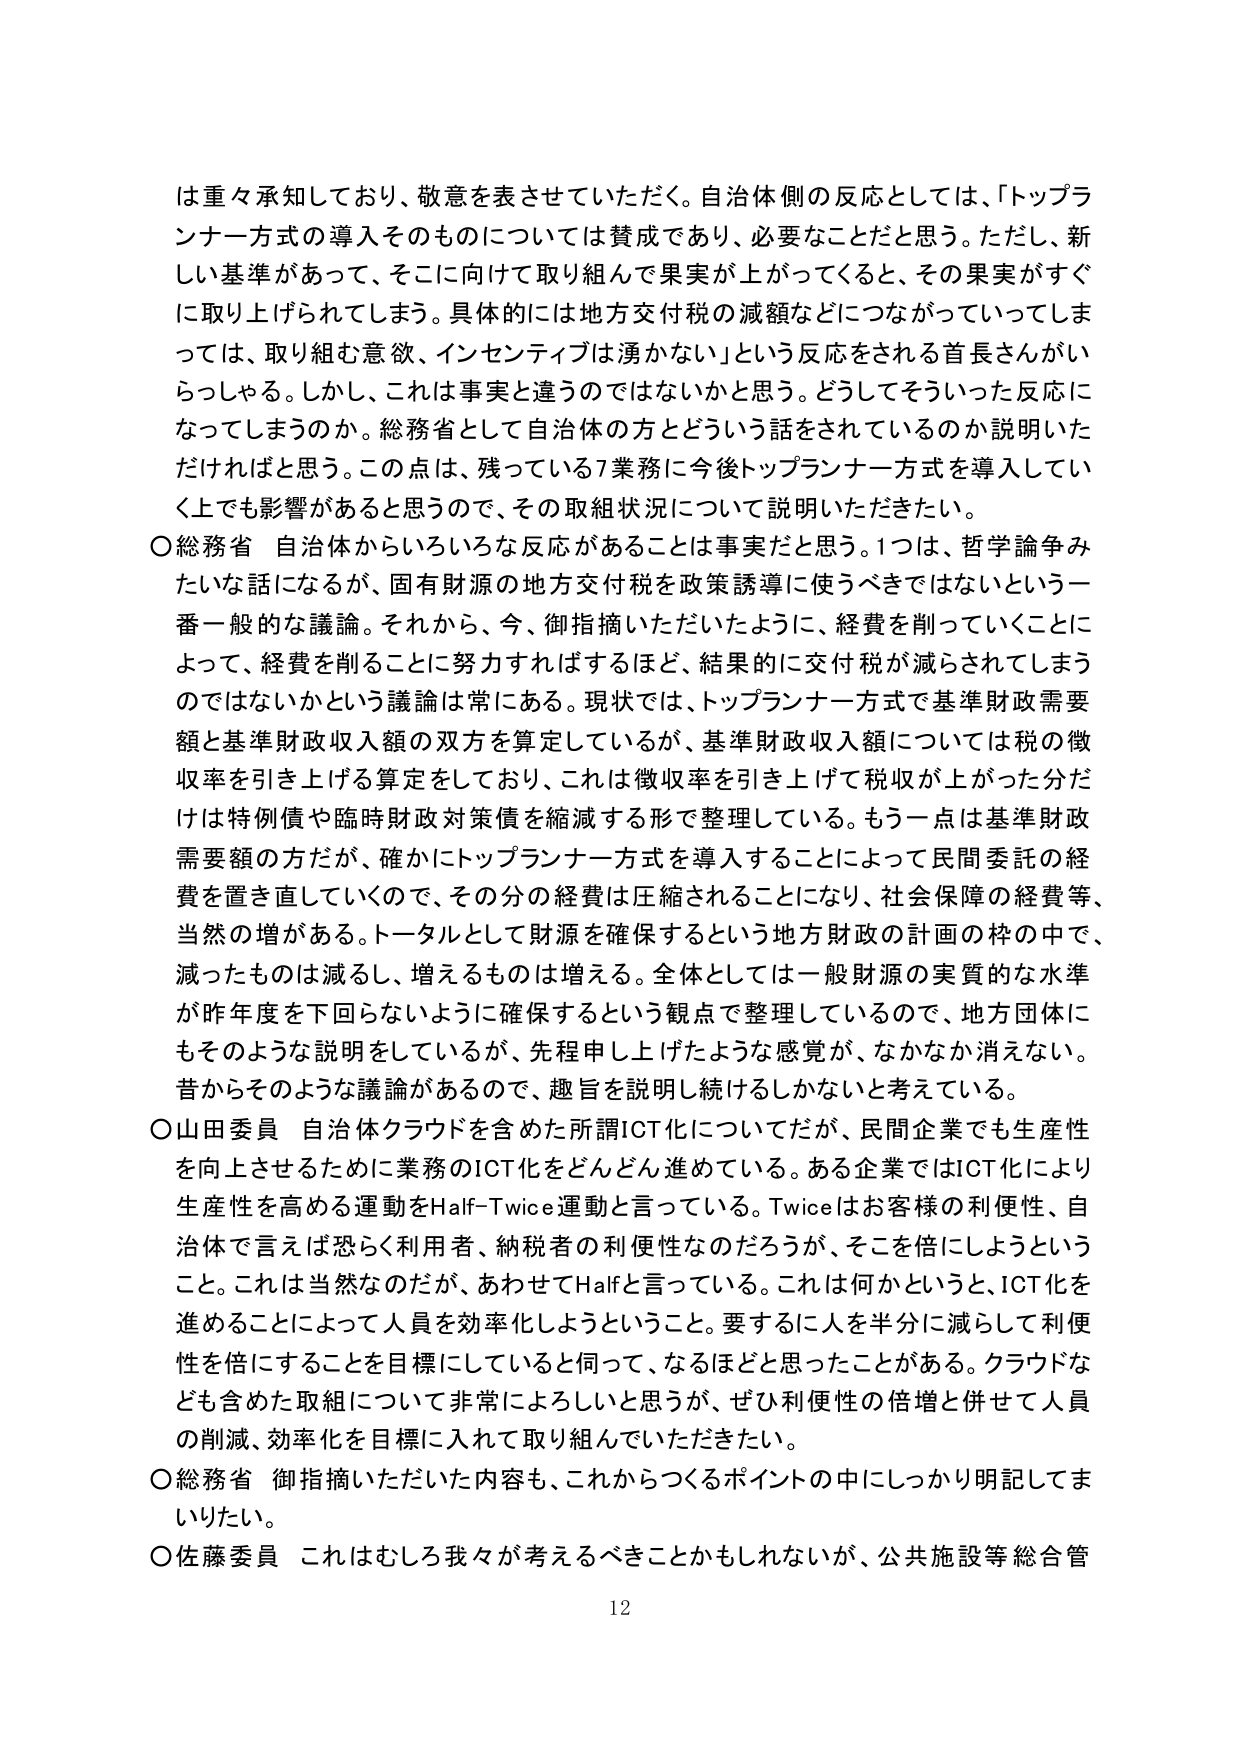
は重々承知しており、敬意を表させていただく。自治体側の反応としては、「トップランナー方式の導入そのものについては賛成であり、必要なことだと思う。ただし、新しい基準があって、そこに向けて取り組んで果実が上がってくると、その果実がすぐに取り上げられてしまう。具体的には地方交付税の減額などにつながっていってしまっては、取り組む意欲、インセンティブは湧かない」という反応をされる首長さんがいらっしゃる。しかし、これは事実と違うのではないかと思う。どうしてそういった反応になってしまうのか。総務省として自治体の方とどういう話をされているのか説明いただければと思う。この点は、残っている7業務に今後トップランナー方式を導入していく上でも影響があると思うので、その取組状況について説明いただきたい。

〇総務省 自治体からいろいろな反応があることは事実だと思う。1つは、哲学論争みたいな話になるが、固有財源の地方交付税を政策誘導に使うべきではないという一番一般的な議論。それから、今、御指摘いただいたように、経費を削っていくことによって、経費を削ることに努力すればするほど、結果的に交付税が減らされてしまうのではないかという議論は常にある。現状では、トップランナー方式で基準財政需要額と基準財政収入額の双方を算定しているが、基準財政収入額については税の徴収率を引き上げる算定をしており、これは徴収率を引き上げて税収が上がった分だけは特例債や臨時財政対策債を縮減する形で整理している。もう一点は基準財政需要額の方だが、確かにトップランナー方式を導入することによって民間委託の経費を置き直していくので、その分の経費は圧縮されることになり、社会保障の経費等、当然の増がある。トータルとして財源を確保するという地方財政の計画の枠の中で、減ったものは減るし、増えるものは増える。全体としては一般財源の実質的な水準が昨年度を下回らないように確保するという観点で整理しているので、地方団体にもそのような説明をしているが、先程申し上げたような感覚が、なかなか消えない。昔からそのような議論があるので、趣旨を説明し続けるしかないと考えている。

〇山田委員 自治体クラウドを含めた所謂ICT化についてだが、民間企業でも生産性を向上させるために業務のICT化をどんどん進めている。ある企業ではICT化により生産性を高める運動をHalf-Twice運動と言っている。Twiceはお客様の利便性、自治体で言えば恐らく利用者、納税者の利便性なのだろうが、そこを倍にしようということ。これは当然なのだが、あわせてHalfと言っている。これは何かというと、ICT化を進めることによって人員を効率化しようということ。要するに人を半分に減らして利便性を倍にすることを目標にしていると伺って、なるほどと思ったことがある。クラウドなども含めた取組について非常によろしいと思うが、ぜひ利便性の倍増と併せて人員の削減、効率化を目標に入れて取り組んでいただきたい。

〇総務省 御指摘いただいた内容も、これからつくるポイントの中にしっかり明記してまいりたい。

〇佐藤委員 これはむしろ我々が考えるべきことかもしれないが、公共施設等総合管

12